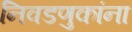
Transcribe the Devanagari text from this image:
निवडणुकांना